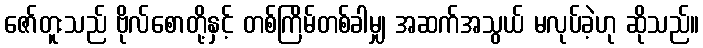
ဇော်တူးသည် ဗိုလ်စောတို့နှင့် တစ်ကြိမ်တစ်ခါမျှ အဆက်အသွယ် မလုပ်ခဲ့ဟု ဆိုသည်။